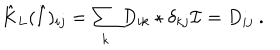
LaTeX: \hat { K } _ { L } ( \hat { I } ) _ { i j } = \sum _ { k } D _ { i k } \star \delta _ { k j } \mathcal { I } = D _ { i j } \ .